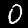
Digit: 0